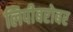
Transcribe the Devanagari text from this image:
लिपीबरोबर